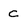
Character: C